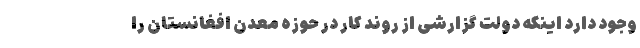
وجود دارد اینکه دولت گزارشی از روند کار در حوزه معدن افغانستان را